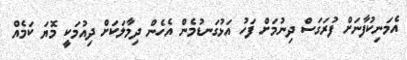
އެމަނިކުފާނަށް ފުރަގަސް ދިނުމަށް ފަހު އަޅުގަނޑުމެން އެހެން ދިމާލަކަށް ދިއުމަކީ މޮޔަ ކަމެއް